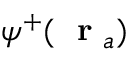
{ \psi } ^ { + } ( \mathrm { ~ \bf ~ r ~ } _ { a } )